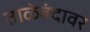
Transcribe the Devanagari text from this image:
ताळेबंदावर